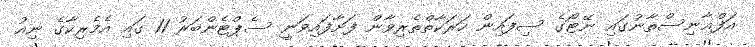
އަފްޣާނިސްތާނުގައި ނޭޓޯގެ ސިފައިން ހަރަކާތްތެރިވާން ފަށާފައިވަނީ ސެޕްޓެންބަރު 11 ގައި އެމެރިކާގެ ނިއު